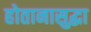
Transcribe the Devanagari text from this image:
होतानासुद्धा